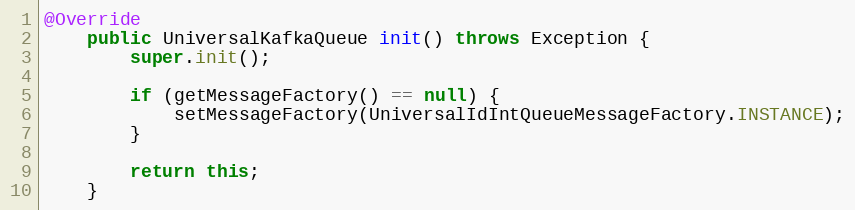
Language: Java
@Override
    public UniversalKafkaQueue init() throws Exception {
        super.init();

        if (getMessageFactory() == null) {
            setMessageFactory(UniversalIdIntQueueMessageFactory.INSTANCE);
        }

        return this;
    }